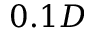
0 . 1 D